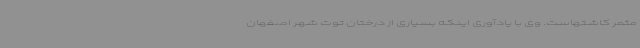
مثمر کاشتهاست. وی با یادآوری اینکه بسیاری از درختان توت شهر اصفهان